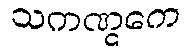
သကဏ္ဋကေ